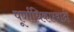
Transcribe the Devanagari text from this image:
पूर्णाधिकारवादी